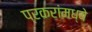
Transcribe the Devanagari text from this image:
प्रकरांमध्ये